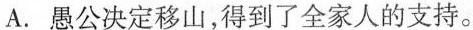
A. 愚公决定移山，得到了全家人的支持。